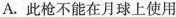
A.此枪不能在月球上使用